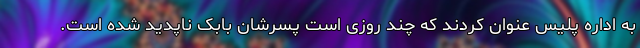
به اداره پلیس عنوان کردند که چند روزی است پسرشان بابک ناپدید شده است.